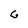
Character: G